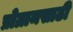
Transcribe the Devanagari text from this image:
प्रोग्रामसाठी